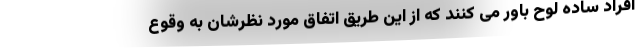
افراد ساده لوح باور می کنند که از این طریق اتفاق مورد نظرشان به وقوع